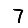
Digit: 7